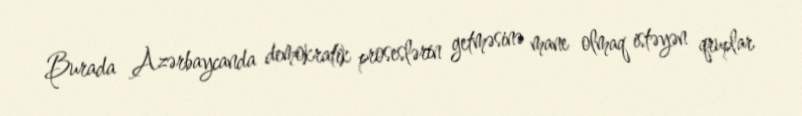
Burada Azərbaycanda demokratik proseslərin getməsinə mane olmaq istəyən qruplar